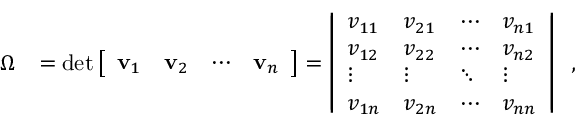
{ \begin{array} { r l } { \Omega } & { = \operatorname* { d e t } { \left[ \begin{array} { l l l l } { \mathbf { v } _ { 1 } } & { \mathbf { v } _ { 2 } } & { \cdots } & { \mathbf { v } _ { n } } \end{array} \right] } = { \left| \begin{array} { l l l l } { v _ { 1 1 } } & { v _ { 2 1 } } & { \cdots } & { v _ { n 1 } } \\ { v _ { 1 2 } } & { v _ { 2 2 } } & { \cdots } & { v _ { n 2 } } \\ { \vdots } & { \vdots } & { \ddots } & { \vdots } \\ { v _ { 1 n } } & { v _ { 2 n } } & { \cdots } & { v _ { n n } } \end{array} \right| } } \end{array} } \, ,